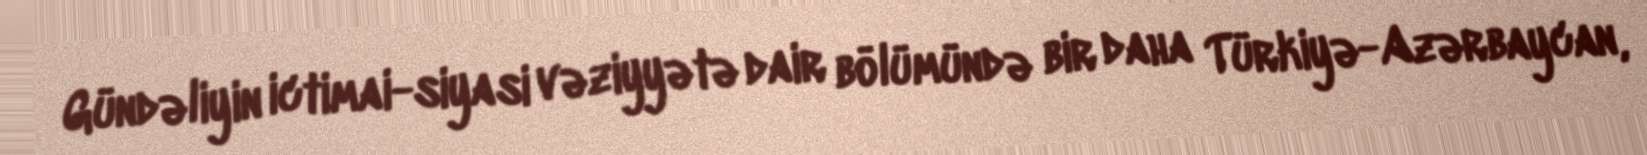
Gündəliyin ictimai-siyasi vəziyyətə dair bölümündə bir daha Türkiyə-Azərbaycan,